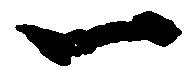
一